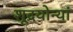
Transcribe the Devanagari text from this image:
शूद्रयोन्यां